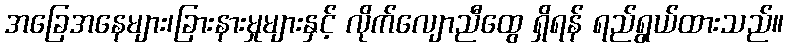
အခြေအနေများ၊ခြားနားမှုများနှင့် လိုက်လျောညီထွေ ရှိရန် ရည်ရွယ်ထားသည်။